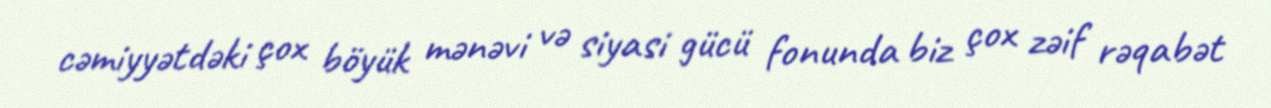
cəmiyyətdəki çox böyük mənəvi və siyasi gücü fonunda biz çox zəif rəqabət